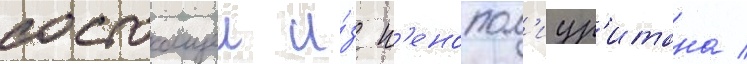
состоащеи и́з п'енопол'иур'итана /